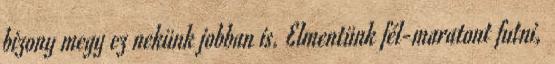
bizony megy ez nekünk jobban is. Elmentünk fél-maratont futni,